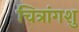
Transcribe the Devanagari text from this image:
चित्रांगशु